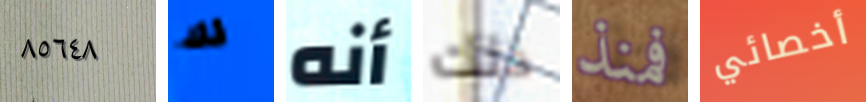
٨٥٦٤٨ لك أنه ذلك فمنذ أخصائي